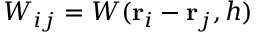
W _ { i j } = W ( \mathbf { r } _ { i } - \mathbf { r } _ { j } , h )